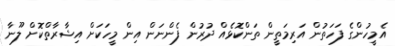
އެމީހުންގެ ފަހަތުން އަރިމަތީން ތަންކޮޅެއް ދުރުން ފެންނަން އިން މީހަކަށް އިޝާރާތްކޮށް ލޫނާ